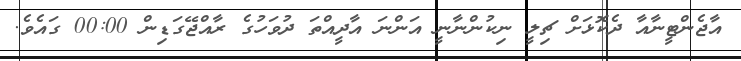
އާޖެންޓީނާއާ ދެކޮޅަށް ޗިލީ ނިކުންނާނީ އަންނަ އާދީއްތަ ދުވަހުގެ ރާއްޖޭގަޑިން 00:00 ގައެވެ.